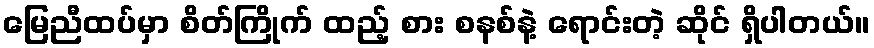
မြေညီထပ်မှာ စိတ်ကြိုက် ထည့် စား စနစ်နဲ့ ရောင်းတဲ့ ဆိုင် ရှိပါတယ်။